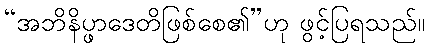
“အဘိနိပ္ဖာဒေတိဖြစ်စေ၏”ဟု ဖွင့်ပြရသည်။